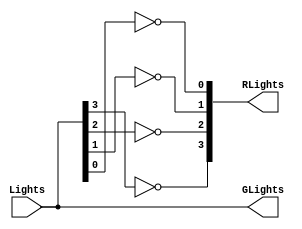
module LaneLights(Lights,RLights,GLights);
	input [3:0] Lights;
	output [3:0] RLights,GLights;
	reg [3:0] RLights, GLights;
	
	always @(*)begin
		GLights[3] = Lights[3];
		GLights[2] = Lights[2];
		GLights[1] = Lights[1];
		GLights[0] = Lights[0];
		RLights[3] = ~Lights[3];
		RLights[2] = ~Lights[2];
		RLights[1] = ~Lights[1];
		RLights[0] = ~Lights[0];
	end
endmodule